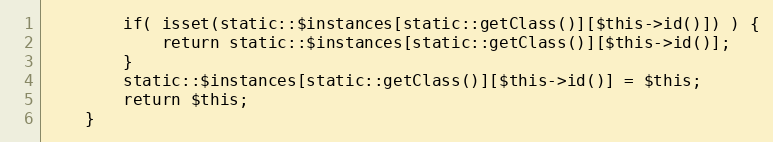
Language: PHP
		if( isset(static::$instances[static::getClass()][$this->id()]) ) {
			return static::$instances[static::getClass()][$this->id()];
		}
		static::$instances[static::getClass()][$this->id()] = $this;
		return $this;
	}